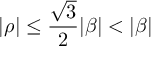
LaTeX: | \rho | \leq { \frac { \sqrt { 3 } } { 2 } } | \beta | < | \beta |